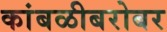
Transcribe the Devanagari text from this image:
कांबळीबरोबर